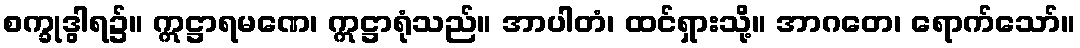
စက္ခုဒွါရ၌။ ဣဋ္ဌာရမဏေ၊ ဣဋ္ဌာရုံသည်။ အာပါတံ၊ ထင်ရှားသို့။ အာဂတေ၊ ရောက်သော်။